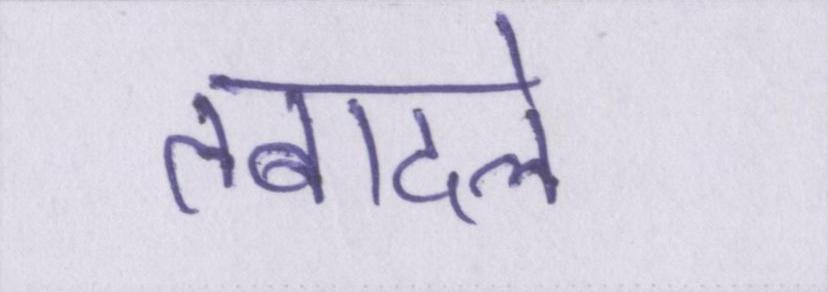
तबादले